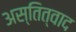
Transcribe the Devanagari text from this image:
अस्तित्वाद